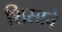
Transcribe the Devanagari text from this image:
शिसाचे